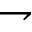
\rightharpoondown